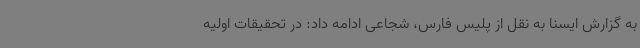
به گزارش ایسنا به نقل از پلیس فارس، شجاعی ادامه داد: در تحقیقات اولیه